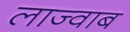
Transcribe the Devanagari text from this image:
लाज्वाब